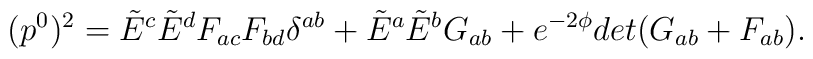
(p^{0})^{2} = \tilde{E}^{c} \tilde{E}^{d} F_{a c} F_{b d} \delta^{a b} + \tilde{E}^{a} \tilde{E}^{b} G_{a b} + e^{-2\phi} det(G_{a b}+F_{a b}) .